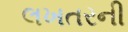
લખતરની